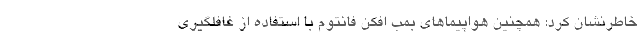
خاطرنشان کرد: همچنین هواپیماهای بمب افکن فانتوم با استفاده از غافلگیری